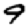
Digit: 9